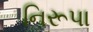
નિરૂપા